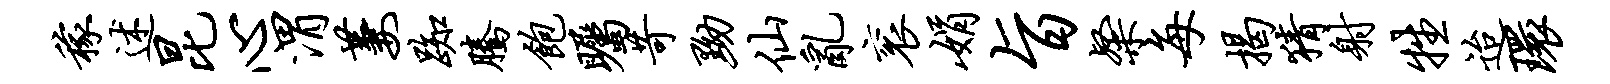
稼述昆心渭萋踟腾饱瞩苛黝仙乱衮娟旨粲每揭猜射牲迨环